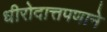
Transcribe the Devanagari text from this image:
धीरोदात्तपणाने